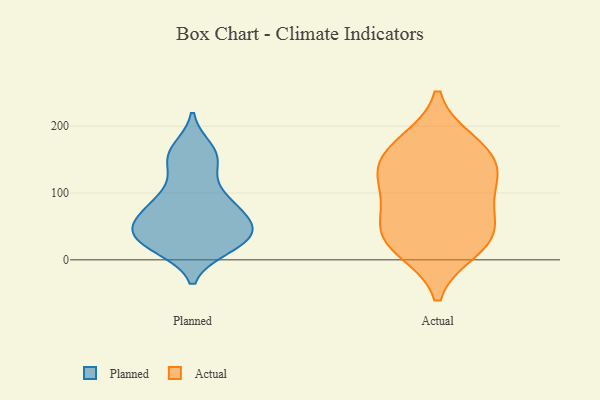
{"axis": {"x": "Humidity (%)", "y": "Value"}, "legend": ["Actual", "Planned"], "data": [{"x": "", "y": 166, "type": "Planned"}, {"x": "", "y": 37, "type": "Planned"}, {"x": "", "y": 89, "type": "Planned"}, {"x": "", "y": 91, "type": "Planned"}, {"x": "", "y": 18, "type": "Planned"}, {"x": "", "y": 68, "type": "Planned"}, {"x": "", "y": 54, "type": "Planned"}, {"x": "", "y": 25, "type": "Planned"}, {"x": "", "y": 158, "type": "Planned"}, {"x": "", "y": 18, "type": "Planned"}, {"x": "", "y": 152, "type": "Planned"}, {"x": "", "y": 56, "type": "Planned"}, {"x": "", "y": 29, "type": "Planned"}, {"x": "", "y": 98, "type": "Planned"}, {"x": "", "y": 66, "type": "Planned"}, {"x": "", "y": 139, "type": "Planned"}, {"x": "", "y": 45, "type": "Planned"}, {"x": "", "y": 39, "type": "Planned"}, {"x": "", "y": 130, "type": "Actual"}, {"x": "", "y": 112, "type": "Actual"}, {"x": "", "y": 143, "type": "Actual"}, {"x": "", "y": 17, "type": "Actual"}, {"x": "", "y": 87, "type": "Actual"}, {"x": "", "y": 31, "type": "Actual"}, {"x": "", "y": 164, "type": "Actual"}, {"x": "", "y": 53, "type": "Actual"}, {"x": "", "y": 35, "type": "Actual"}, {"x": "", "y": 174, "type": "Actual"}]}